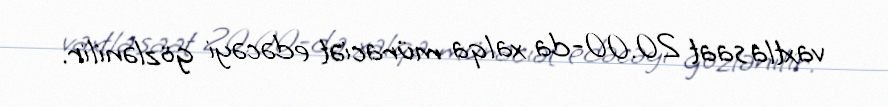
vaxtla saat 20.00-da xalqa müraciət edəcəyi gözlənilir.